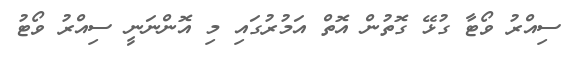
ސިއްރު ވޯޓާ ގުޅޭ ގޮތުން އޮތް އަމުރުގައި މި އޮންނަނީ ސިއްރު ވޯޓު